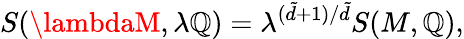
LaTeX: S(\lambdaM,\lambda\mathbb{Q})=\lambda^{(\tilde{{d}}+1)/\tilde{{d}}}S(M,\mathbb{Q}),